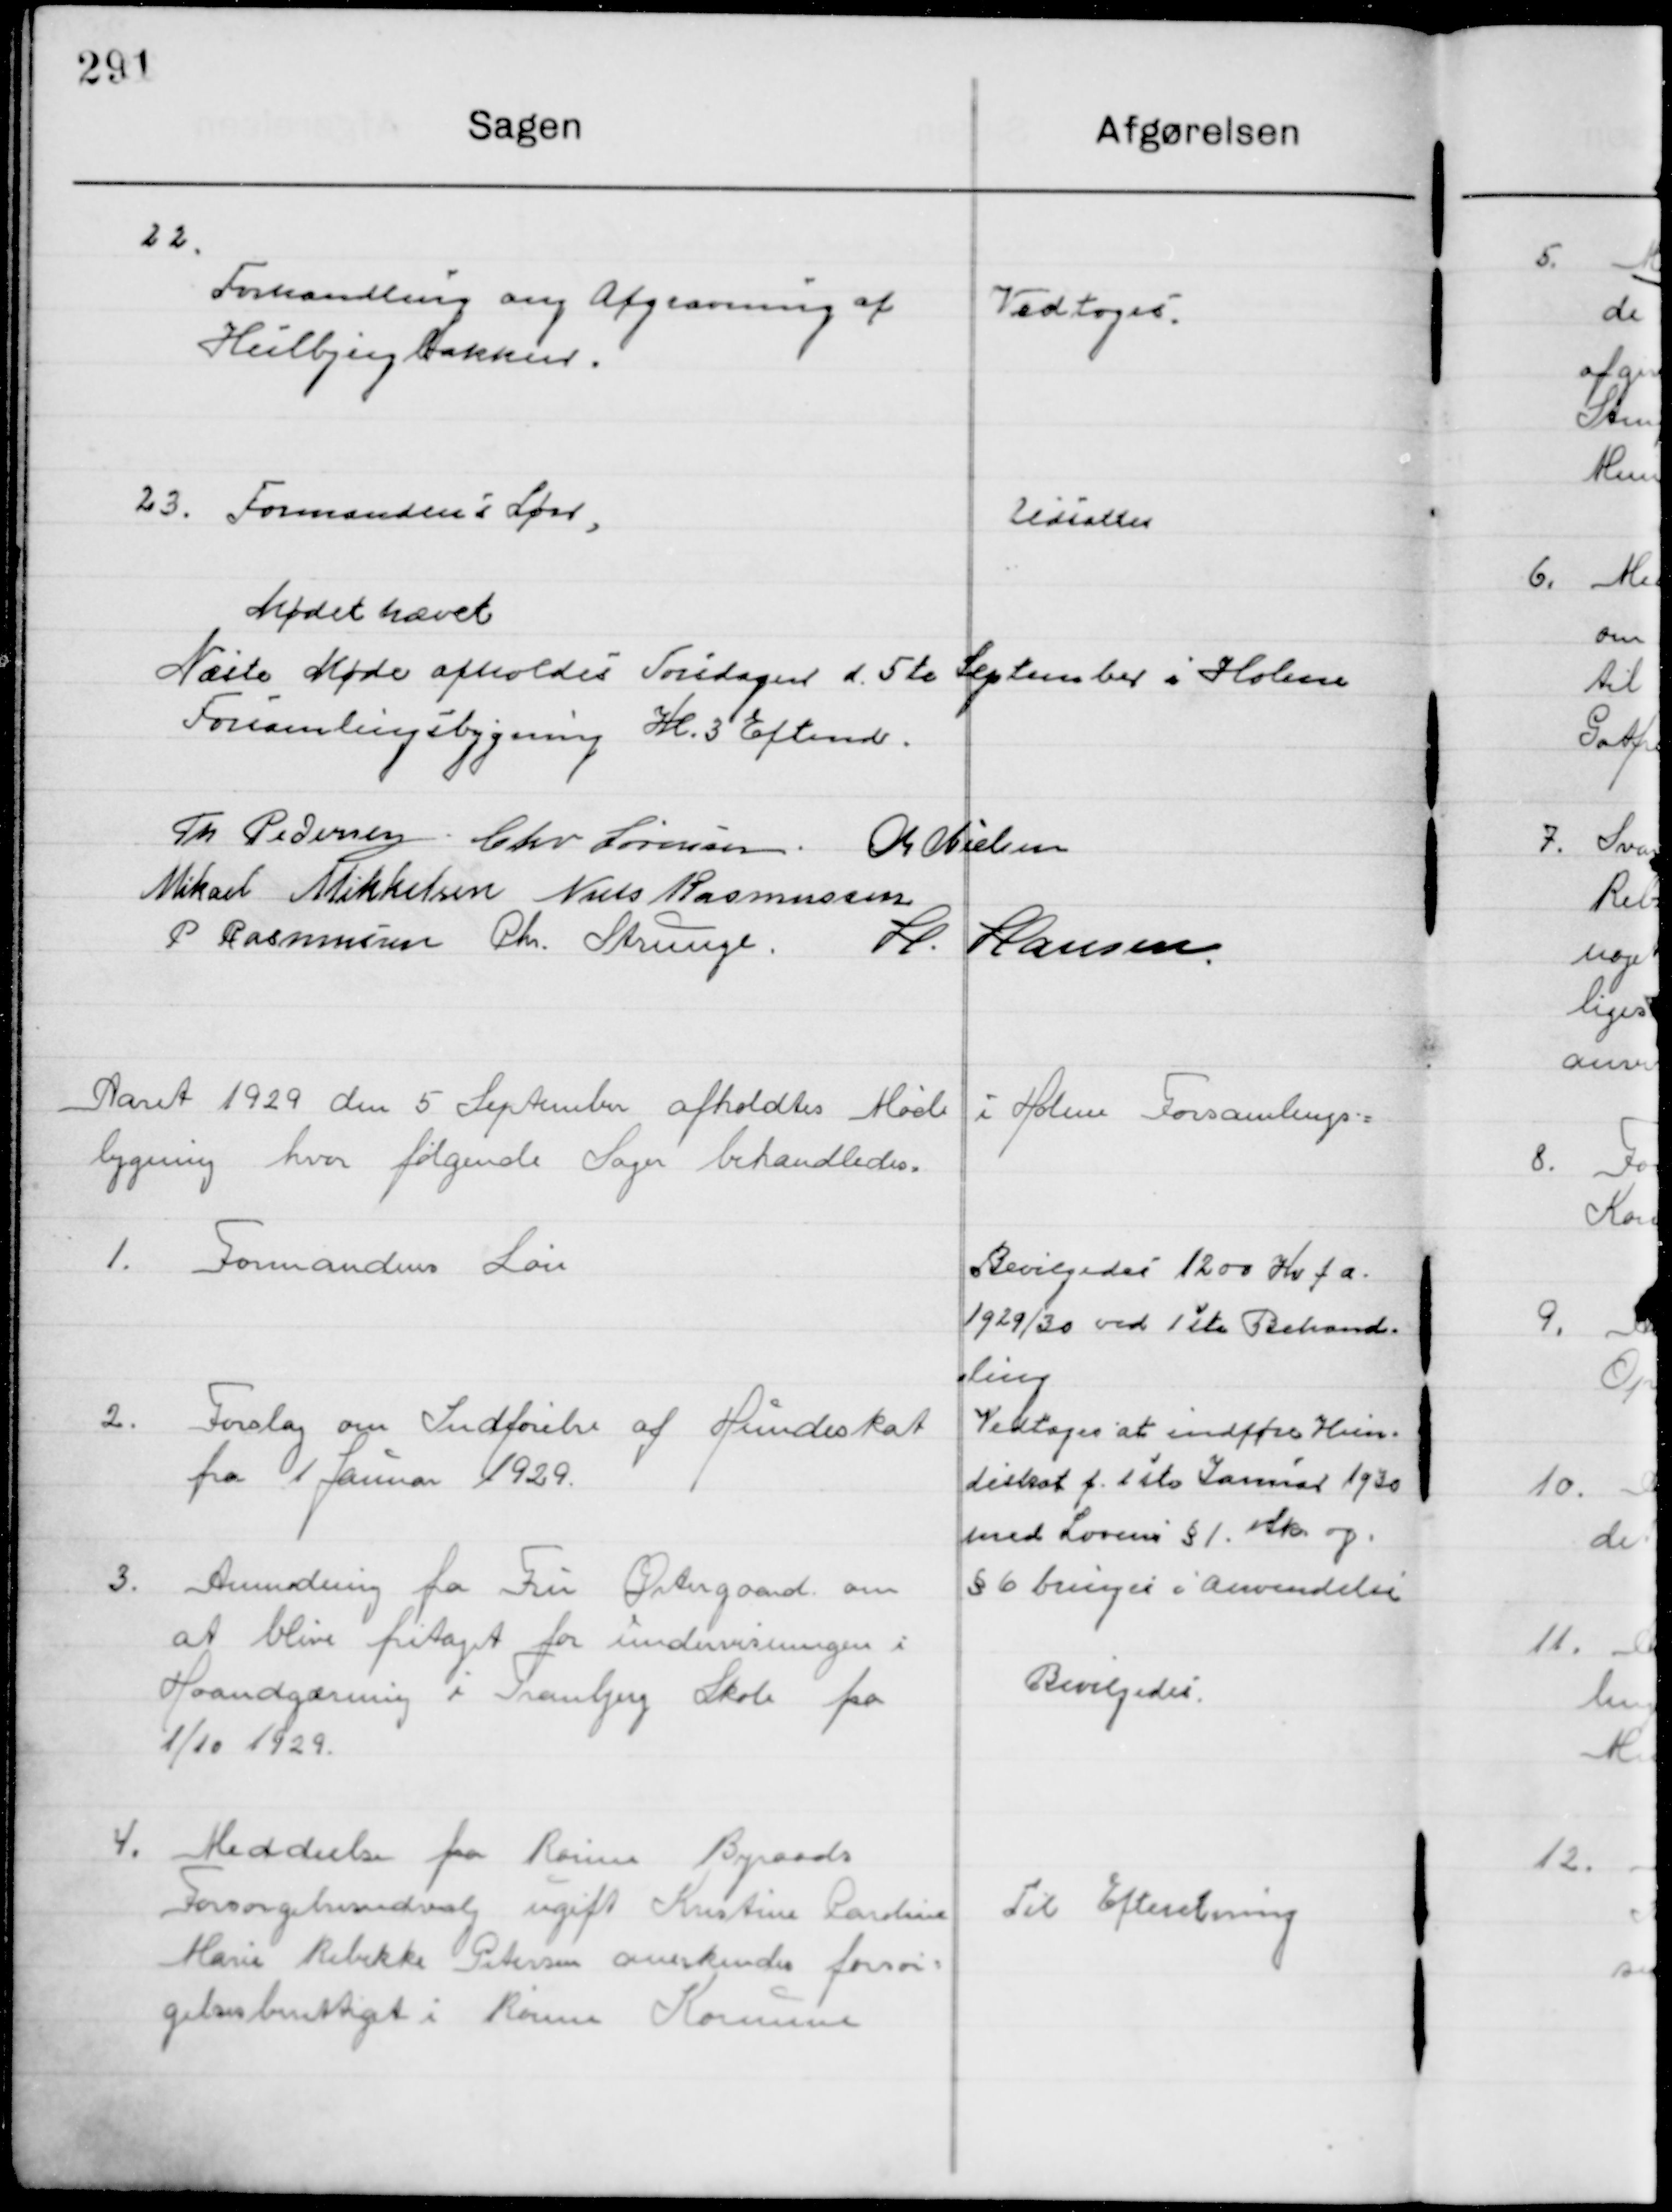
Transskription:
22

Forhandling om Afgravning af 
Mulbjerg bakker.

Vedtoges

23

Formandens Løn

Udsattes

Mødet hævet
Næste Møde afholdes Torsdagen d. 5te  September i Holme
Forsamlingsbygning Kl. 3 Efmd.

Th. Pedersen
Chr. Sørensen
M. Nielsen
Mikael Mikkelsen
Niels Rasmussen
P. Rasmussen
Chr. Strunge
H. Hansen

Aaret 1929 den 5 September afholdtes møde i Holme Forsamlings-
Bygning hvor følgende Sager behandledes.

1

Formandens Løn

Bevilgedes 1200 Kr. f. a. 
1929/30 ved 1ste Behand-
ling

2

Forslag om Indførelse af Hundeskat
fra 1 Januar

Vedtages at indføre Hun-
deskat f. 1ste Januar 1930
med Lovens § 1. stk og
§ 6 bringes i anvendelse

3

Anmodning fra Fru Østergaard om
at blive fritaget for Undervisningen i 
Haandgærning i Tranbjerg Skole fra
1/10 1929

Bevilgedes

4

Meddelelse fra Rasmine Bygaards
Forsørgelsesudvalg ugift Kristine Pardine
Marie Rebekke Petersen anerkendes forsør-
gelses berettiget i Rønne Kommune

Til Efterretning